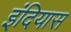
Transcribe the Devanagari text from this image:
इंदियास